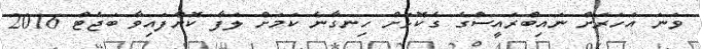
ވަނަ އަހަރަށް ނައިބްރައީސްގެ ގެކޮޅަށް ހިނގާނެ ކަމަށް ލަފާ ކޮށްފައިވާ ބަޖެޓް 2016